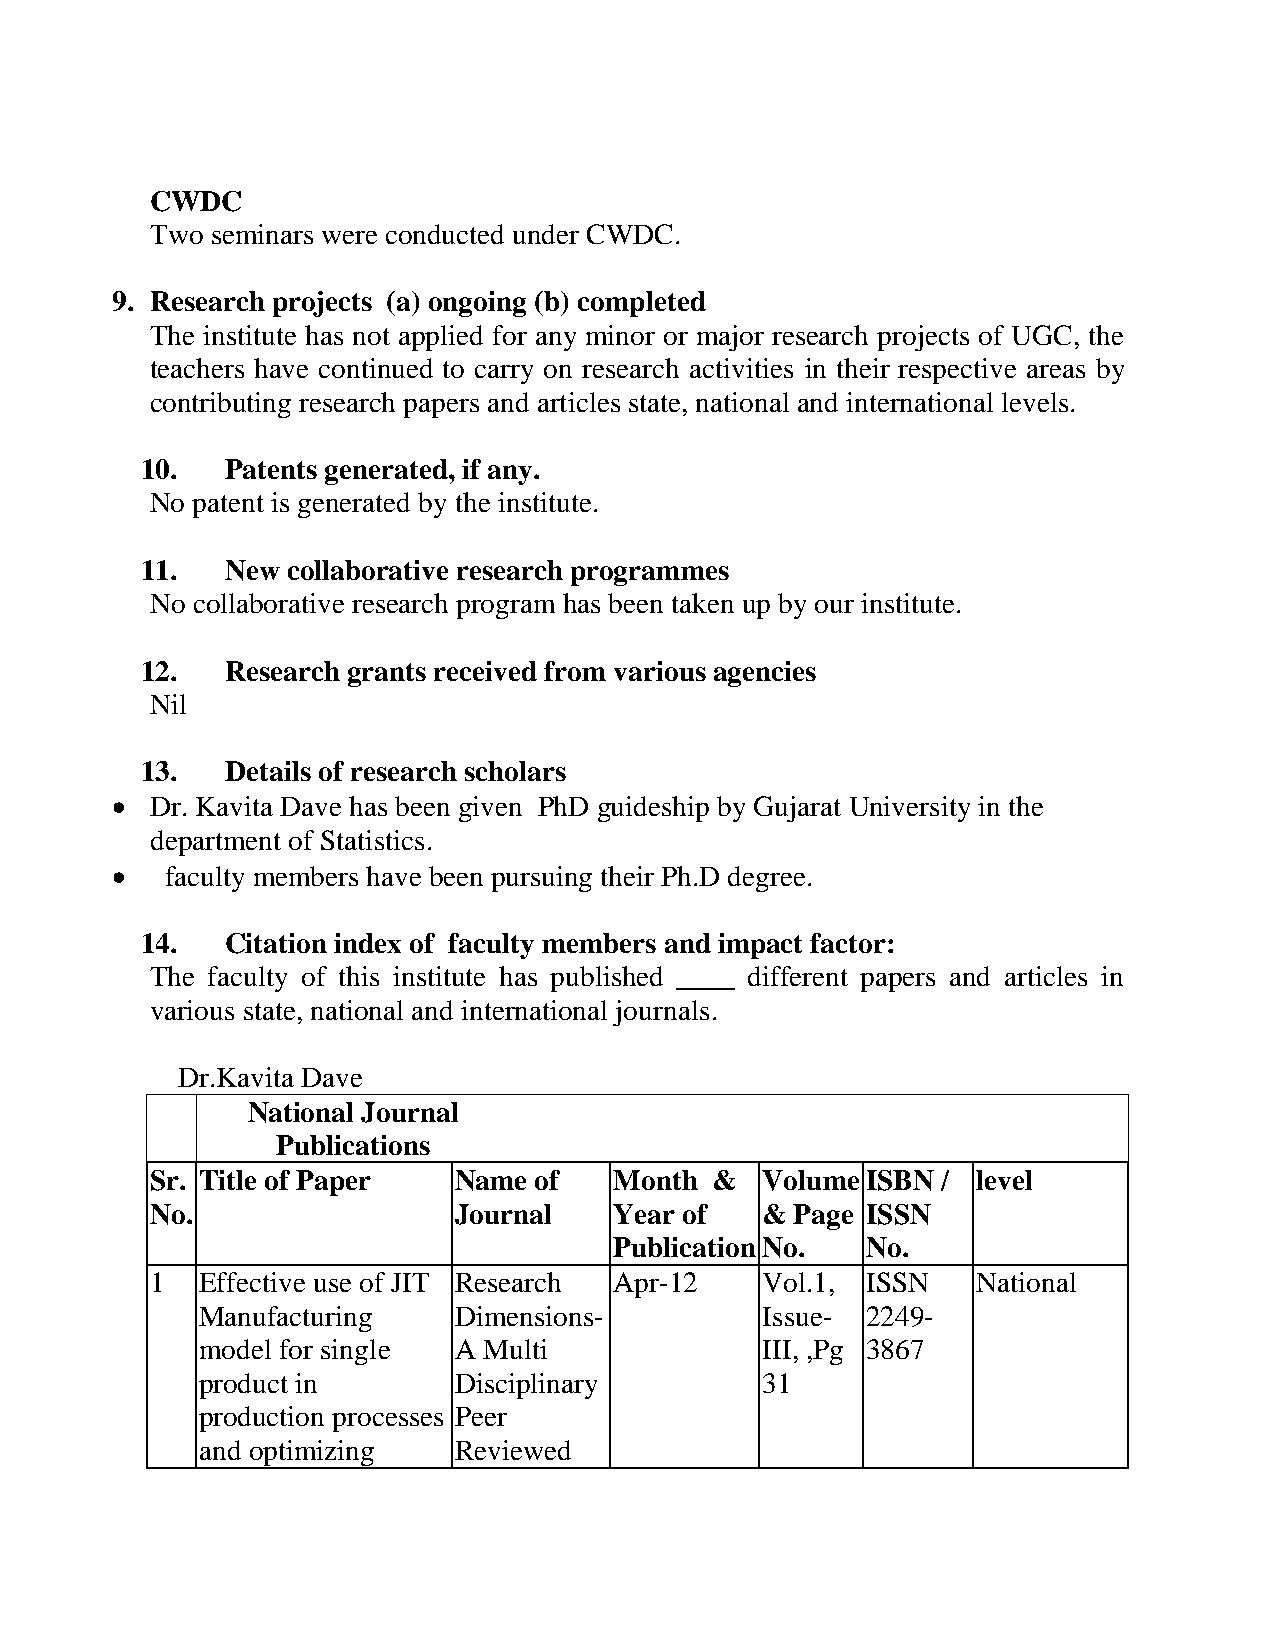
CWDC
 Two seminars were conducted under CWDC.
 9. Research projects (a) ongoing (b) completed
 The institute has not applied for any minor or major research projects of UGC, the
 teachers have continued to carry on research activities in their respective areas by
 contributing research papers and articles state, national and international levels.
 10.   Patents generated, if any.
 No patent is generated by the institute.
 11.   New collaborative research programmes
 No collaborative research program has been taken up by our institute.
 12.   Research grants received from various agencies
 Nil
 13.   Details of research scholars
   Dr. Kavita Dave has been given PhD guideship by Gujarat University in the
 department of Statistics.
    faculty members have been pursuing their Ph.D degree.
 14.   Citation index of faculty members and impact factor:
 The faculty of this institute has published ____ different papers and articles in
 various state, national and international journals.
 Dr.Kavita Dave
 National Journal
 Publications
 Sr. Title of Paper  Name of    Month &  Volume ISBN /  level
 No.                 Journal    Year of  &  Page ISSN
 Publication No. No.
 1  Effective use of JIT Research Apr-12 Vol.1, ISSN    National
 Manufacturing    Dimensions-         Issue- 2249-
 model for single A Multi             III, ,Pg 3867
 product in       Disciplinary        31
 production processes Peer
 and optimizing   Reviewed